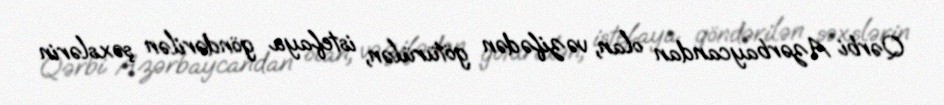
Qərbi Azərbaycandan olan, vəzifədən götürülən, istefaya göndərilən şəxslərin